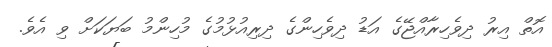
އޮތް އިރު ދިވެހިރާއްޖޭގެ އަޑު ދިވެހިންގެ ދިރިއުޅުމުގެ މުހިންމު ބަޔަކަށް ވި އެވެ.